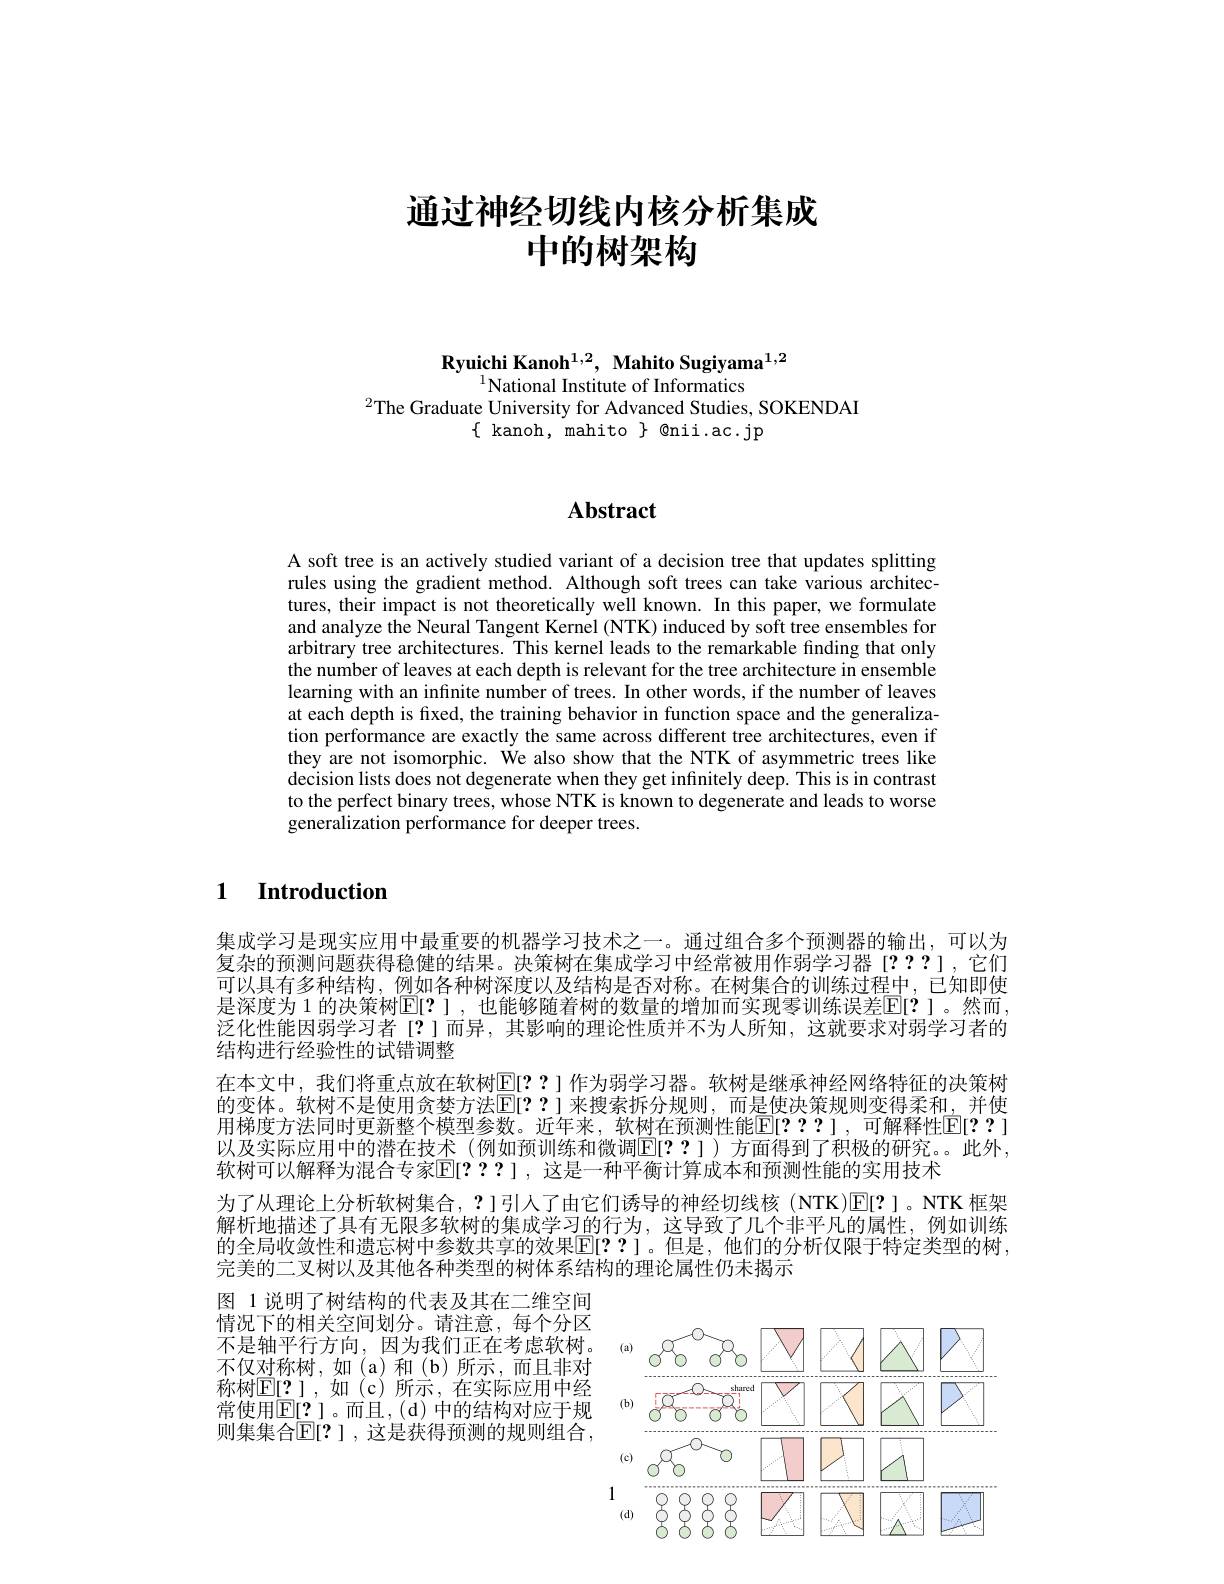
# 通过神经切线内核分析集成中的树架构

Ryuichi Kanoh$^{1,2}$, Mahito Sugiyama$^{1,2}$
$^{1}$National Institute of Informatics
$^{2}$The Graduate University for Advanced Studies, SOKENDAI
$\{$ kanoh, mahito $\}$ @nii.ac.jp

# Abstract

A soft tree is an actively studied variant of a decision tree that updates splitting rules using the gradient method. Although soft trees can take various architectures, their impact is not theoretically well known. In this paper, we formulate and analyze the Neural Tangent Kernel (NTK) induced by soft tree ensembles for arbitrary tree architectures. This kernel leads to the remarkable finding that only the number of leaves at each depth is relevant for the tree architecture in ensemble learning with an infinite number of trees. In other words, if the number of leaves at each depth is frxed, the training behavior in function space and the generalization performance are exactly the same across different tree architectures, even if they are not isomorphic. We also show that the NTK of asymmetric trees like decision lists does nôt degenerate when they get infinitely deep. This is in contrast to the perfect binary trees, whose NTK is known to degenerate and leads to worse generalization performance for deeper trees.

1 Introduction

集成学习是现实应用中最重要的机器学习技术之一。通过组合多个预测器的输出，可以为复杂的预测问题获得稳健的结果。决策树在集成学习中经常被用作弱学习器 [???],它们可以具有多种结构，例如各种树深度以及结构是否对称。在树集合的训练过程中，已知即使是深度为 1 的决策树$\mathbb{E}[?]$ ,也能够随着树的数量的增加而实现零训练误差$\mathbb{E}[?]$。然而， 泛化性能因弱学习者[?]而异，其影响的理论性质并不为人所知，这就要求对弱学习者的结构进行经验性的试错调整
在本文中，我们将重点放在软树$\mathbb{E}[??]$作为弱学习器。软树是继承神经网络特征的决策树的变体。软树不是使用贪婪方法$\overline{\mathbb{E}}[??]$ 来搜索拆分规则，而是使决策规则变得柔和，并使用梯度方法同时更新整个模型参数。近年来，软树在预测性能$\mathbb{E}[2:?]$,可解释性$\mathbb{E}[??]$ 以及实际应用中的潜在技术 (例如预训练和微调[E[??])方面得到了积极的研究。此外， 软树可以解释为混合专家E[???],这是一种平衡计算成本和预测性能的实用技术
为了从理论上分析软树集合，?]引人了由它们诱导的神经切线核(NTK)$\mathbb{E}[?]$。NTK 框架解析地描述了具有无限多软树的集成学习的行为，这导致了几个非平凡的属性，例如训练的全局收敛性和遗忘树中参数共享的效果$\mathbb{E}[??]$。但是，他们的分析仅限于特定类型的树， 完美的二叉树以及其他各种类型的树体系结构的理论属性仍未揭示

图 1 说明了树结构的代表及其在二维空间情况下的相关空间划分。请注意，每个分区不是轴平行方向，因为我们正在考虑软树。不仅对称树，如(a)和(b)所示，而且非对称树$\underline{\mathbb{E}[2]}$,如(c)所示，在实际应用中经常使用$\underline{\mathbb{E}[2]}$。而且，(d)中的结构对应于规则集集合$\mathbb{E}[?]$,这是获得预测的规则组合，

<FigureHere>